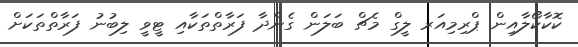
ކޮކާކޯލާއިން ޕްރިމިއަރ ލީގް މެޗް ބަލަން ގެންދާ ފަރާތްތަކާއި ޓީވީ ލިބުނު ފަރާތްތަކަށް